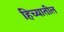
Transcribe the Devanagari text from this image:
हिच्यातील